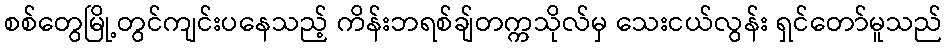
စစ်တွေမြို့တွင်ကျင်းပနေသည့် ကိန်းဘရစ်ချ်တက္ကသိုလ်မှ သေးငယ်လွန်း ရှင်တော်မူသည်